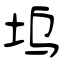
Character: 坞